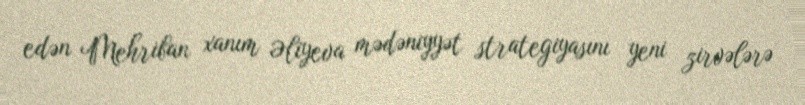
edən Mehriban xanım Əliyeva mədəniyyət strategiyasını yeni zirvələrə